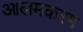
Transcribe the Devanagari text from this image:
आलमकरम